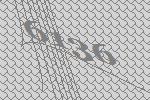
6136